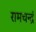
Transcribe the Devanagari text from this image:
रामचन्द्रं